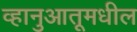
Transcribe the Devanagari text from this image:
व्हानुआतूमधील